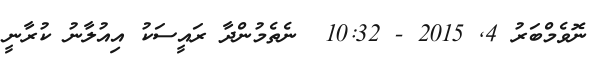
ނޮވެމްބަރު 4